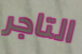
التاجر